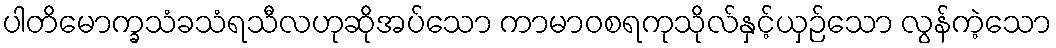
ပါတိမောက္ခသံခသံရသီလဟုဆိုအပ်သော ကာမာဝစရကုသိုလ်နှင့်ယှဉ်သော လွန်ကဲ့သော